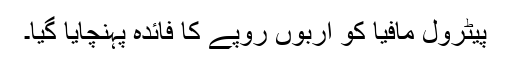
پیٹرول مافیا کو اربوں روپے کا فائدہ پہنچایا گیا۔